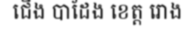
ជើង បាដែង ខេត្ត រោង